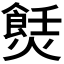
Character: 𤏼